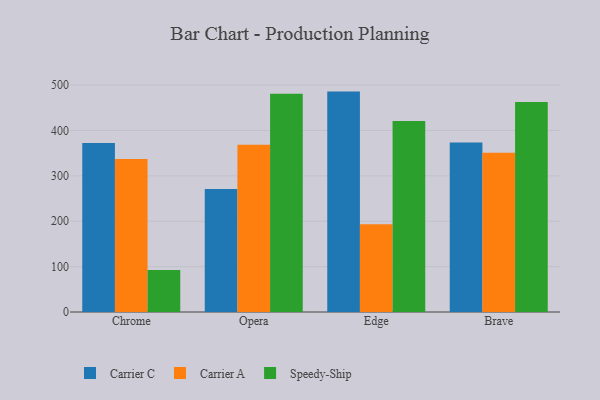
{"axis": {"x": "Browser", "y": "Tickets Resolved"}, "legend": ["Carrier A", "Carrier C", "Speedy-Ship"], "data": [{"x": "Chrome", "y": 372.2, "type": "Carrier C"}, {"x": "Chrome", "y": 337.3, "type": "Carrier A"}, {"x": "Chrome", "y": 92.4, "type": "Speedy-Ship"}, {"x": "Opera", "y": 270.8, "type": "Carrier C"}, {"x": "Opera", "y": 368.6, "type": "Carrier A"}, {"x": "Opera", "y": 480.9, "type": "Speedy-Ship"}, {"x": "Edge", "y": 485.7, "type": "Carrier C"}, {"x": "Edge", "y": 193.5, "type": "Carrier A"}, {"x": "Edge", "y": 420.8, "type": "Speedy-Ship"}, {"x": "Brave", "y": 373.8, "type": "Carrier C"}, {"x": "Brave", "y": 351.1, "type": "Carrier A"}, {"x": "Brave", "y": 462.6, "type": "Speedy-Ship"}]}